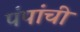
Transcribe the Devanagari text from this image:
पंपांची